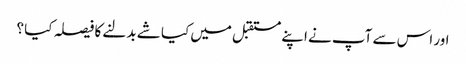
اور اس سے آپ نے اپنے مستقبل میں کیا شے بدلنے کا فیصلہ کیا ؟